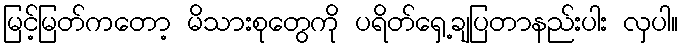
မြင့်မြတ်ကတော့ မိသားစုတွေကို ပရိတ်ရှေ့ချပြတာနည်းပါး လှပါ။